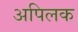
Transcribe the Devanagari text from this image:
अपिलक